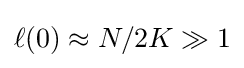
\ell (0)\approx N/2K\gg 1